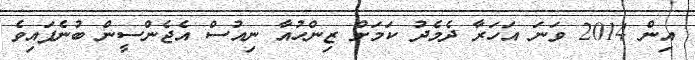
އިން 2014 ވަނަ އަހަރާ ދެމެދު ކަމަށް ޒިންހުއާ ނިއުސް އެޖެންސީން ބުނެފައިވެ